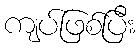
ကျပ်ဖြစ်ပြီး